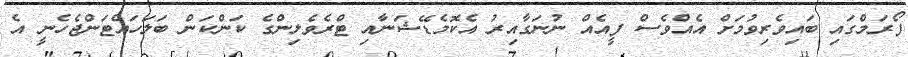
ފޯރަމްގައި ބައިވެރިވުމަށް އެއްވެސް ފީއެއް ނުނަގާއިރު އެކޮމެޑޭޝަނާއި ޓްރެވެލިންގެ ކަންކަން ބަލަހައްޓަންޖެހެނީ އެ